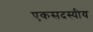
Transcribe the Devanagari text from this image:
एकसदस्यीय